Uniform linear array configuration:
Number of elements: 32
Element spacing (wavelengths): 0.25
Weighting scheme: hann
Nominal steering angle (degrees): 15
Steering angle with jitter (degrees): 14.36
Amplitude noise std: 0.05
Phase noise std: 0.05

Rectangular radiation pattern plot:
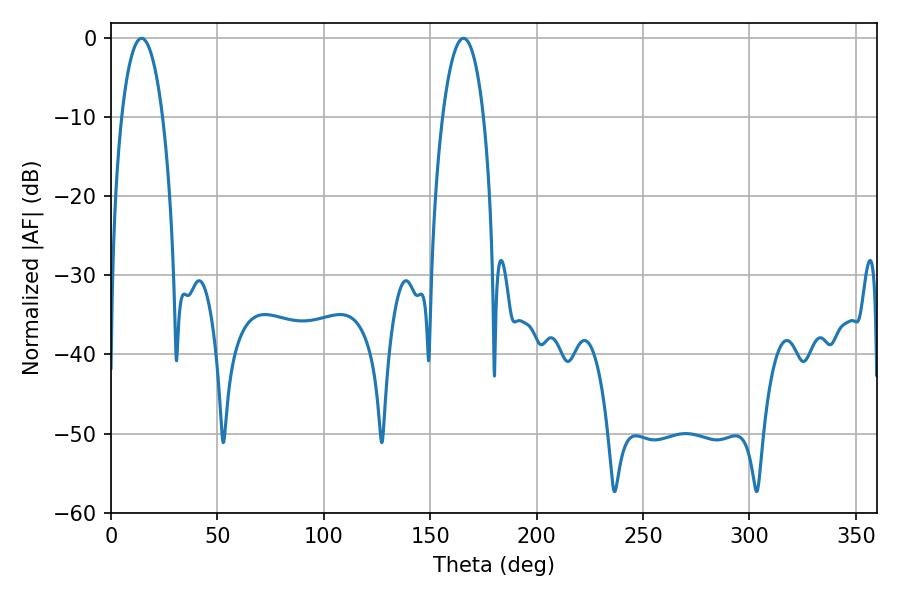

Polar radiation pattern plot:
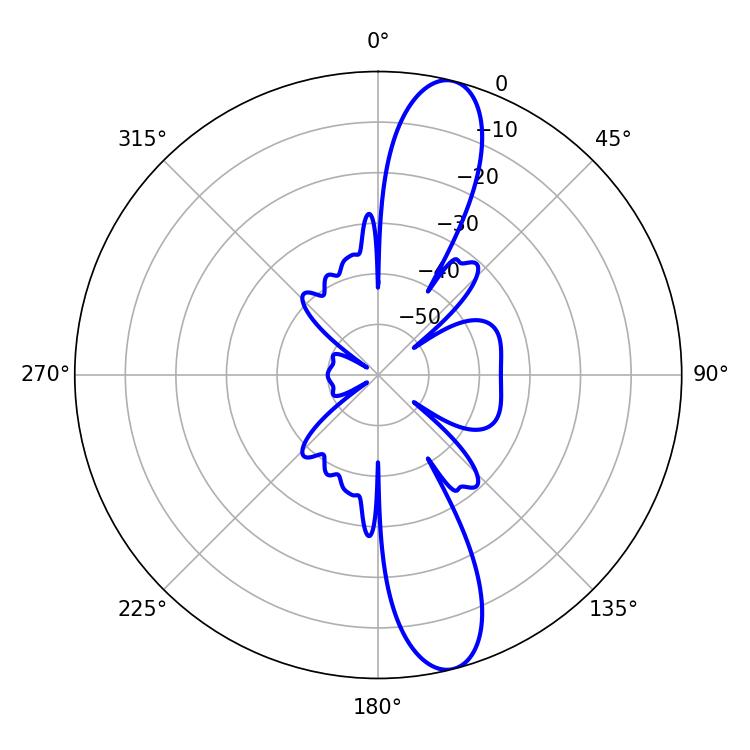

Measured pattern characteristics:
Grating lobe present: FALSE
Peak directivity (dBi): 12.999
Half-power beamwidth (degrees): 10.8
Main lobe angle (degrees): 14.4